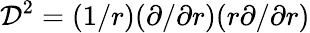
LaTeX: \mathcal{D}^{2}=(1/r)(\partial/\partial r)(r\partial/\partial r)